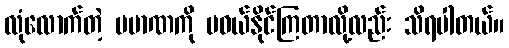
လုံလောက်တဲ့ ပမာဏကို မဝယ်နိုင်ကြတာလို့လည်း သိရပါတယ်။